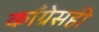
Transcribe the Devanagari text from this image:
काँग्रेसही